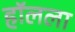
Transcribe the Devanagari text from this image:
हॉलला